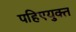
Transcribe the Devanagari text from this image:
पहिएयुक्‍त